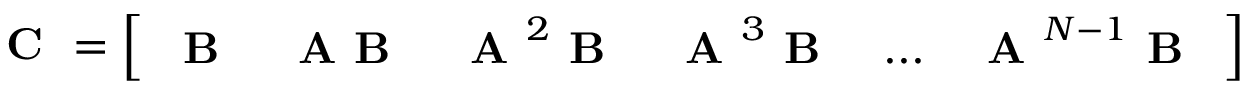
\textbf { C } = \left[ \begin{array} { l l l l l l } { \textbf { B } } & { \textbf { A B } } & { \textbf { A } ^ { 2 } \textbf { B } } & { \textbf { A } ^ { 3 } \textbf { B } } & { . . . } & { \textbf { A } ^ { N - 1 } \textbf { B } } \end{array} \right]